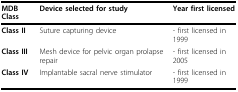
<table><thead><tr><td><b>MDB Class</b></td><td><b>Device selected for study</b></td><td><b>Year first licensed</b></td></tr></thead><tbody><tr><td><b>Class II</b></td><td>Suture capturing device</td><td>- first licensed in 1999</td></tr><tr><td><b>Class III</b></td><td>Mesh device for pelvic organ prolapse repair</td><td>- first licensed in 2005</td></tr><tr><td><b>Class IV</b></td><td>Implantable sacral nerve stimulator</td><td>- first licensed in 1999</td></tr></tbody></table>